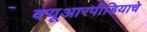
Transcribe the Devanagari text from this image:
क्यूआरपीडियाचे